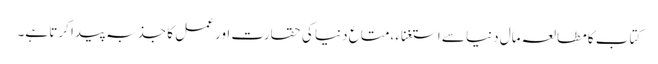
کتاب کا مطالعہ مال دنیا سے استغناء ،متاع دنیا کی حقارت اور عمل کا جذبہ پیدا کرتا ہے۔